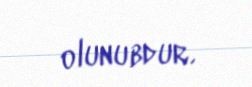
olunubdur.